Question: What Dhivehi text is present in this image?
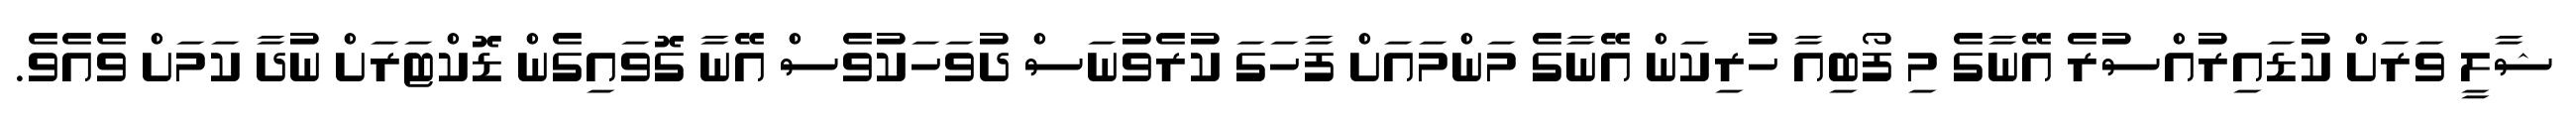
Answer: ޝާލީ ވަރަށް ކުޑައިރުއްސުރެ އޭނާގެ މި ފޯބިއާ ހުރިކަން އޭނާގެ މަންމައަށް ފާހަގަ ކުރެވުނަސް ދުވަހަކުވެސް އޭނާ ގޮވައިގެން ޑޮކްޓަރަށް ނުދާ ކަމަށް ވެއެވެ.